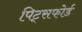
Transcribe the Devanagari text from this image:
पिट्सफोर्ड